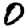
Digit: 0